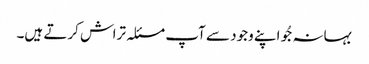
بہانہ جُو اپنے وجود سے آپ مسئلہ تراش کرتے ہیں۔